Civil Veterinary Dept. Bombay admin report 1932-41 - 1932-1941
Year: 1932
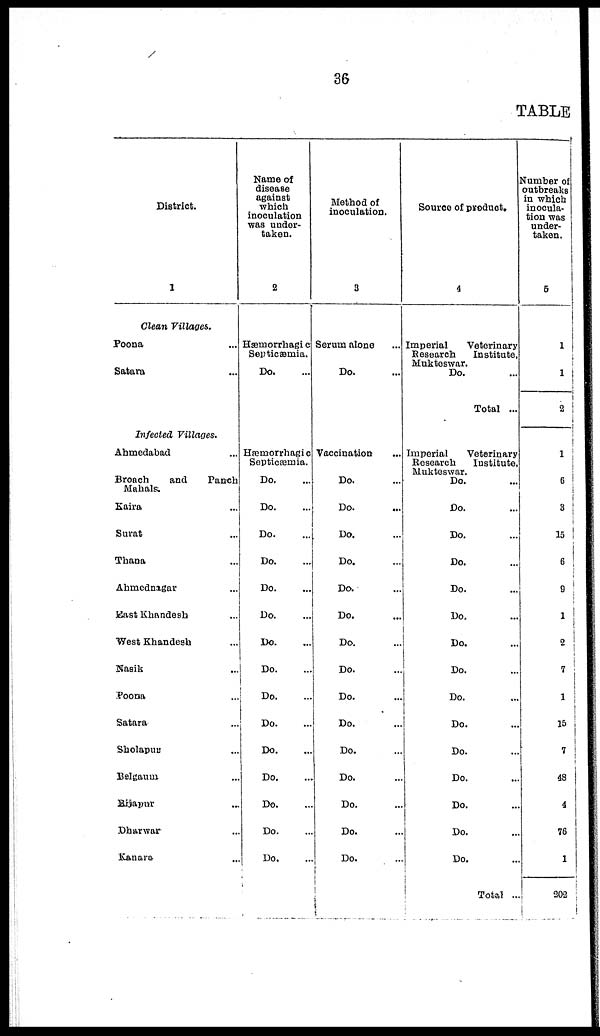
36
TABLE
District.
1
Clean Villages.
Poona ...
Satara ...
Infected
Villages.
Ahmedabad ...
Broach
and
Panch
Mahals.
Kaira ...
Surat ...
Thana ...
Ahmednagar ...
East Khandesh ...
West Khandesh ...
Nasik ...
Poona ...
Satara ...
Sholapur ...
Belgaum ...
Bijapur ...
Dharwar ...
Kanara ...
Name of
disease
against
which
inoculation
was under-
taken.
2
Hæmorrhagic
Septicæmia.
Do. ...
Hæmorrhagic
Septicæmia.
Do. ...
Do. ...
Do. ...
Do. ...
Do. ...
Do. ...
Do. ...
Do. ...
Do.
...
Do. ...
Do. ...
Do. ..
Do. ...
Do. ...
Do. ...
Method of
inoculation.
3
Serum alone
Do. ...
Vaccination ...
Do. ...
Do. ...
Do. ...
Do. ...
Do. ...
Do. ...
Do. ...
Do. ...
Do. ...
Do. ...
Do. ...
Do. ...
Do. ...
Do. ...
Do.
...
Source of product.
4
Imperial
Veterinary
Research
Institute,
Mukteswar.
Do. ...
Total ...
Imperial
Veterinary
Research
Institute,
Mukteswar.
Do. ...
Do. ...
Do. ...
Do. ...
Do. ...
Do. ...
Do. ...
Do. ...
Do. ...
Do. ...
Do. ...
Do. ...
Do. ...
Do. ...
Do. ...
Total ...
Number of
outbreaks
in which
inocula-
tion was
under-
taken.
5
1
1
2
1
6
3
15
6
9
1
2
7
1
15
7
48
4
76
1
202